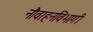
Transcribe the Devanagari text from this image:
नौवाहनविभागी